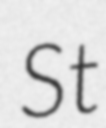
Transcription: St